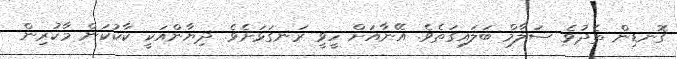
ގޮނޑިން ތެދުވެ ސަލާމް ބަލައިގަތެވެ. އޭނާއަށް ހީވީ ރަނގަޅަށެވެ. ދިޔާންއަކީ ކާކުކަން މާކުރިން